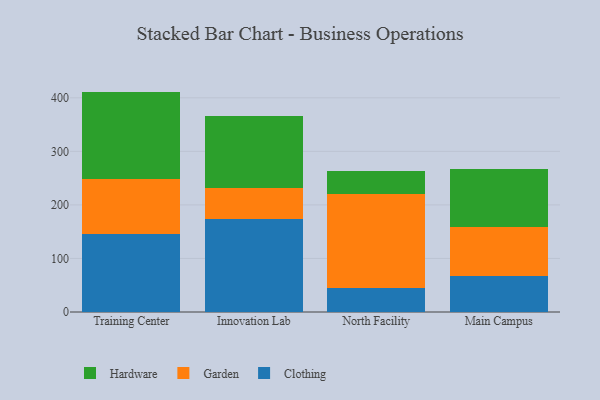
{"axis": {"x": "Campus", "y": "Customer Acquisition Cost (USD)"}, "legend": ["Clothing", "Garden", "Hardware"], "data": [{"x": "Training Center", "y": 145.1, "type": "Clothing"}, {"x": "Training Center", "y": 104.2, "type": "Garden"}, {"x": "Training Center", "y": 162.3, "type": "Hardware"}, {"x": "Innovation Lab", "y": 173.2, "type": "Clothing"}, {"x": "Innovation Lab", "y": 57.7, "type": "Garden"}, {"x": "Innovation Lab", "y": 134.7, "type": "Hardware"}, {"x": "North Facility", "y": 44.4, "type": "Clothing"}, {"x": "North Facility", "y": 175.8, "type": "Garden"}, {"x": "North Facility", "y": 42.3, "type": "Hardware"}, {"x": "Main Campus", "y": 66.6, "type": "Clothing"}, {"x": "Main Campus", "y": 91.9, "type": "Garden"}, {"x": "Main Campus", "y": 108.9, "type": "Hardware"}]}